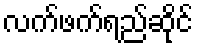
လက်ဖက်ရည်ဆိုင်